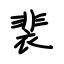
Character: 裴